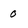
Character: 0